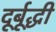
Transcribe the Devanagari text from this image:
दूर्बूद्धी